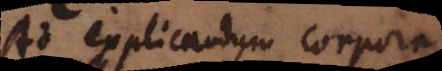
Ad explicandum corpora